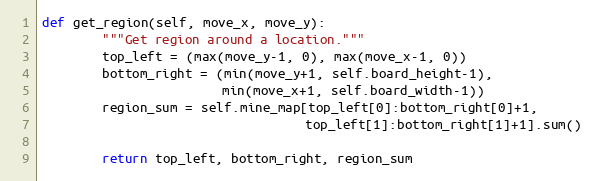
Language: Python
def get_region(self, move_x, move_y):
        """Get region around a location."""
        top_left = (max(move_y-1, 0), max(move_x-1, 0))
        bottom_right = (min(move_y+1, self.board_height-1),
                        min(move_x+1, self.board_width-1))
        region_sum = self.mine_map[top_left[0]:bottom_right[0]+1,
                                   top_left[1]:bottom_right[1]+1].sum()

        return top_left, bottom_right, region_sum